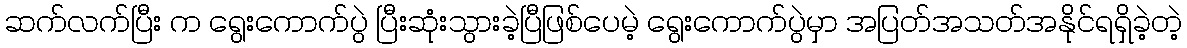
ဆက်လက်ပြီး က ရွေးကောက်ပွဲ ပြီးဆုံးသွားခဲ့ပြီဖြစ်ပေမဲ့ ရွေးကောက်ပွဲမှာ အပြတ်အသတ်အနိုင်ရရှိခဲ့တဲ့